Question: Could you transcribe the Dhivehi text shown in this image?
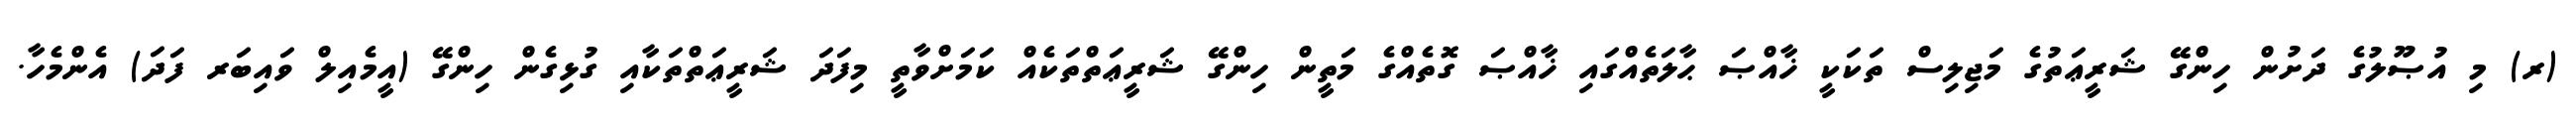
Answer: (ރ) މި އުޞޫލުގެ ދަށުން ހިންގޭ ޝަރީޢަތުގެ މަޖިލިސް ތަކަކީ ޚާއްޞަ ޙާލަތެއްގައި ޚާއްޞަ ގޮތެއްގެ މަތީން ހިންގޭ ޝަރީޢަތްތަކެއް ކަމަށްވާތީ މިފަދަ ޝަރީޢަތްތަކާއި ގުޅިގެން ހިންގޭ (އީމެއިލް ވައިބަރ ފަދަ) އެންމެހާ.